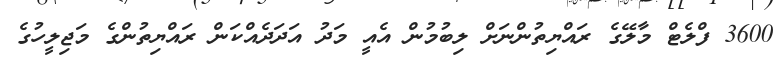
3600 ފްލެޓް މާލޭގެ ރައްޔިތުންނަށް ލިބުމުން އެއީ މަދު އަދަދެއްކަން ރައްޔިތުންގެ މަޖިލީހުގެ